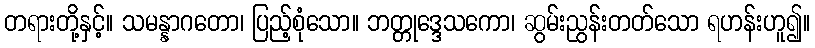
တရားတို့နှင့်။ သမန္နာဂတော၊ ပြည့်စုံသော။ ဘတ္တုဒ္ဒေသကော၊ ဆွမ်းညွန်းတတ်သော ရဟန်းဟူ၍။